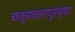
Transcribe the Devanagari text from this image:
चक्रवालपूरच्या